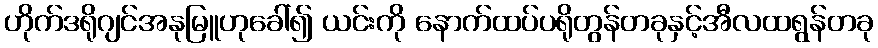
ဟိုက်ဒရိုဂျင်အနုမြူဟုခေါ်၍ ယင်းကို နောက်ထပ်ပရိုတွန်တခုနှင့်အီလထရွန်တခု